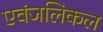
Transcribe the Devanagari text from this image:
एवंजलिकल